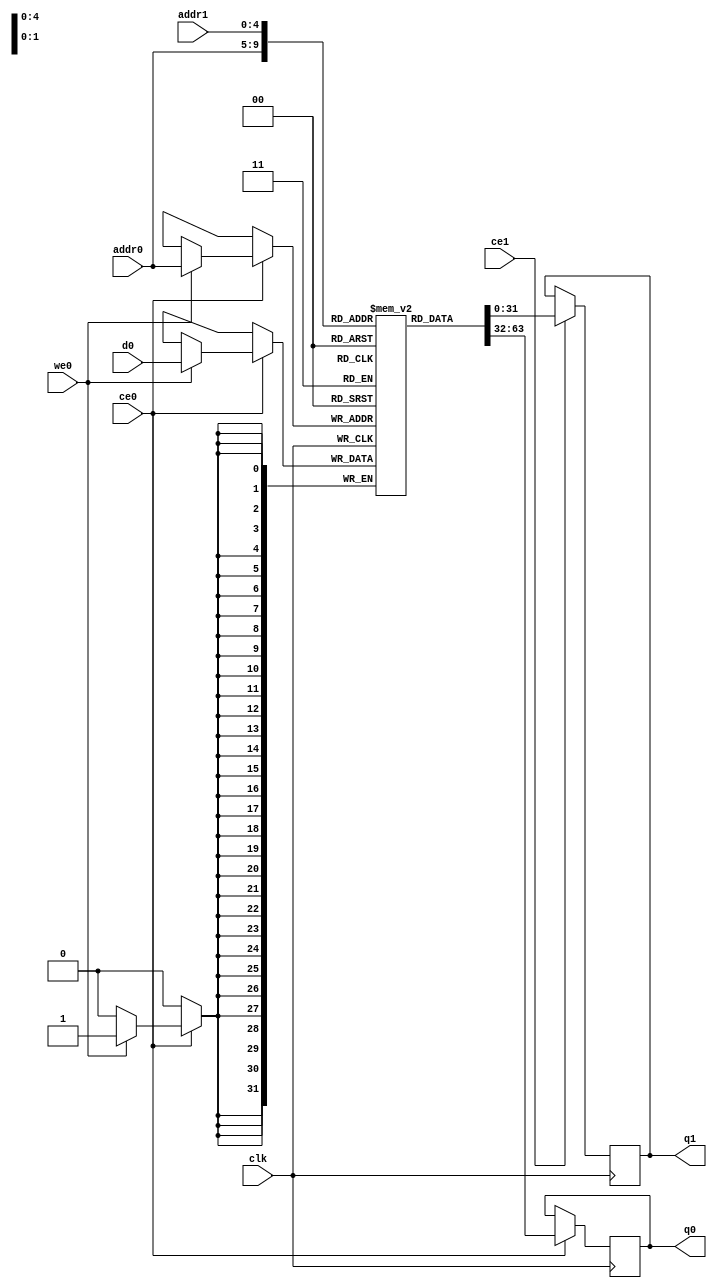
// ==============================================================
// File generated on Sat Jun 06 11:07:10 +0530 2020
// Vivado(TM) HLS - High-Level Synthesis from C, C++ and SystemC v2018.3 (64-bit)
// SW Build 2405991 on Thu Dec  6 23:38:27 MST 2018
// IP Build 2404404 on Fri Dec  7 01:43:56 MST 2018
// Copyright 1986-2018 Xilinx, Inc. All Rights Reserved.
// ==============================================================
`timescale 1 ns / 1 ps
module AddRoundKey_Invercud_ram (addr0, ce0, d0, we0, q0, addr1, ce1, q1,  clk);

parameter DWIDTH = 32;
parameter AWIDTH = 5;
parameter MEM_SIZE = 32;

input[AWIDTH-1:0] addr0;
input ce0;
input[DWIDTH-1:0] d0;
input we0;
output reg[DWIDTH-1:0] q0;
input[AWIDTH-1:0] addr1;
input ce1;
output reg[DWIDTH-1:0] q1;
input clk;

(* ram_style = "block" *)reg [DWIDTH-1:0] ram[0:MEM_SIZE-1];




always @(posedge clk)  
begin 
    if (ce0) 
    begin
        if (we0) 
        begin 
            ram[addr0] <= d0; 
        end 
        q0 <= ram[addr0];
    end
end


always @(posedge clk)  
begin 
    if (ce1) 
    begin
        q1 <= ram[addr1];
    end
end


endmodule

`timescale 1 ns / 1 ps
module AddRoundKey_Invercud(
    reset,
    clk,
    address0,
    ce0,
    we0,
    d0,
    q0,
    address1,
    ce1,
    q1);

parameter DataWidth = 32'd32;
parameter AddressRange = 32'd32;
parameter AddressWidth = 32'd5;
input reset;
input clk;
input[AddressWidth - 1:0] address0;
input ce0;
input we0;
input[DataWidth - 1:0] d0;
output[DataWidth - 1:0] q0;
input[AddressWidth - 1:0] address1;
input ce1;
output[DataWidth - 1:0] q1;



AddRoundKey_Invercud_ram AddRoundKey_Invercud_ram_U(
    .clk( clk ),
    .addr0( address0 ),
    .ce0( ce0 ),
    .we0( we0 ),
    .d0( d0 ),
    .q0( q0 ),
    .addr1( address1 ),
    .ce1( ce1 ),
    .q1( q1 ));

endmodule